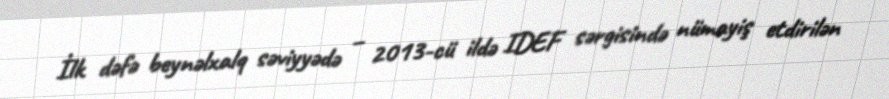
İlk dəfə beynəlxalq səviyyədə – 2013-cü ildə IDEF sərgisində nümayiş etdirilən